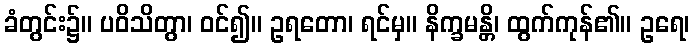
ခံတွင်း၌။ ပဝိသိတွာ၊ ဝင်၍။ ဥရတော၊ ရင်မှ။ နိက္ခမန္တိ၊ ထွက်ကုန်၏။ ဥရေ၊